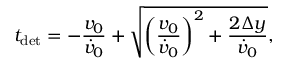
t _ { \mathrm { d e t } } = - \frac { v _ { 0 } } { \dot { v } _ { 0 } } + \sqrt { \left( \frac { v _ { 0 } } { \dot { v } _ { 0 } } \right) ^ { 2 } + \frac { 2 \Delta y } { \dot { v } _ { 0 } } } ,